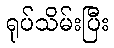
ရုပ်သိမ်းပြီး